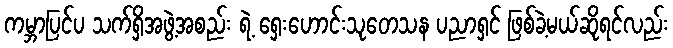
ကမ္ဘာပြင်ပ သက်ရှိအဖွဲ့အစည်း ရဲ့ ရှေးဟောင်းသုတေသန ပညာရှင် ဖြစ်ခဲ့မယ်ဆိုရင်လည်း